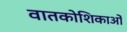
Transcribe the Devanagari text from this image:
वातकोशिकाओं